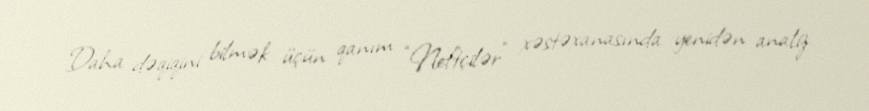
Daha dəqiqini bilmək üçün qanım “Neftçilər” xəstəxanasında yenidən analiz